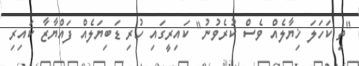
"ތި ކަހަލަ ޚިޔާލެއް ވެސް ކުރެވުނު" ކައިރީގައި ހުރި ޑަބިޔަލެއް ފައްޔާޒާ ކައިރި